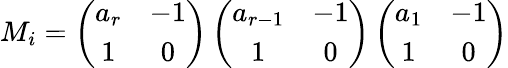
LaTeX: M_{i}=\left(\begin{array}{cc}{{a_{r}}}&{{-1}}\\ {{1}}&{{0}}\end{array}\right)\left(\begin{array}{cc}{{a_{r-1}}}&{{-1}}\\ {{1}}&{{0}}\end{array}\right)\left(\begin{array}{cc}{{a_{1}}}&{{-1}}\\ {{1}}&{{0}}\end{array}\right)